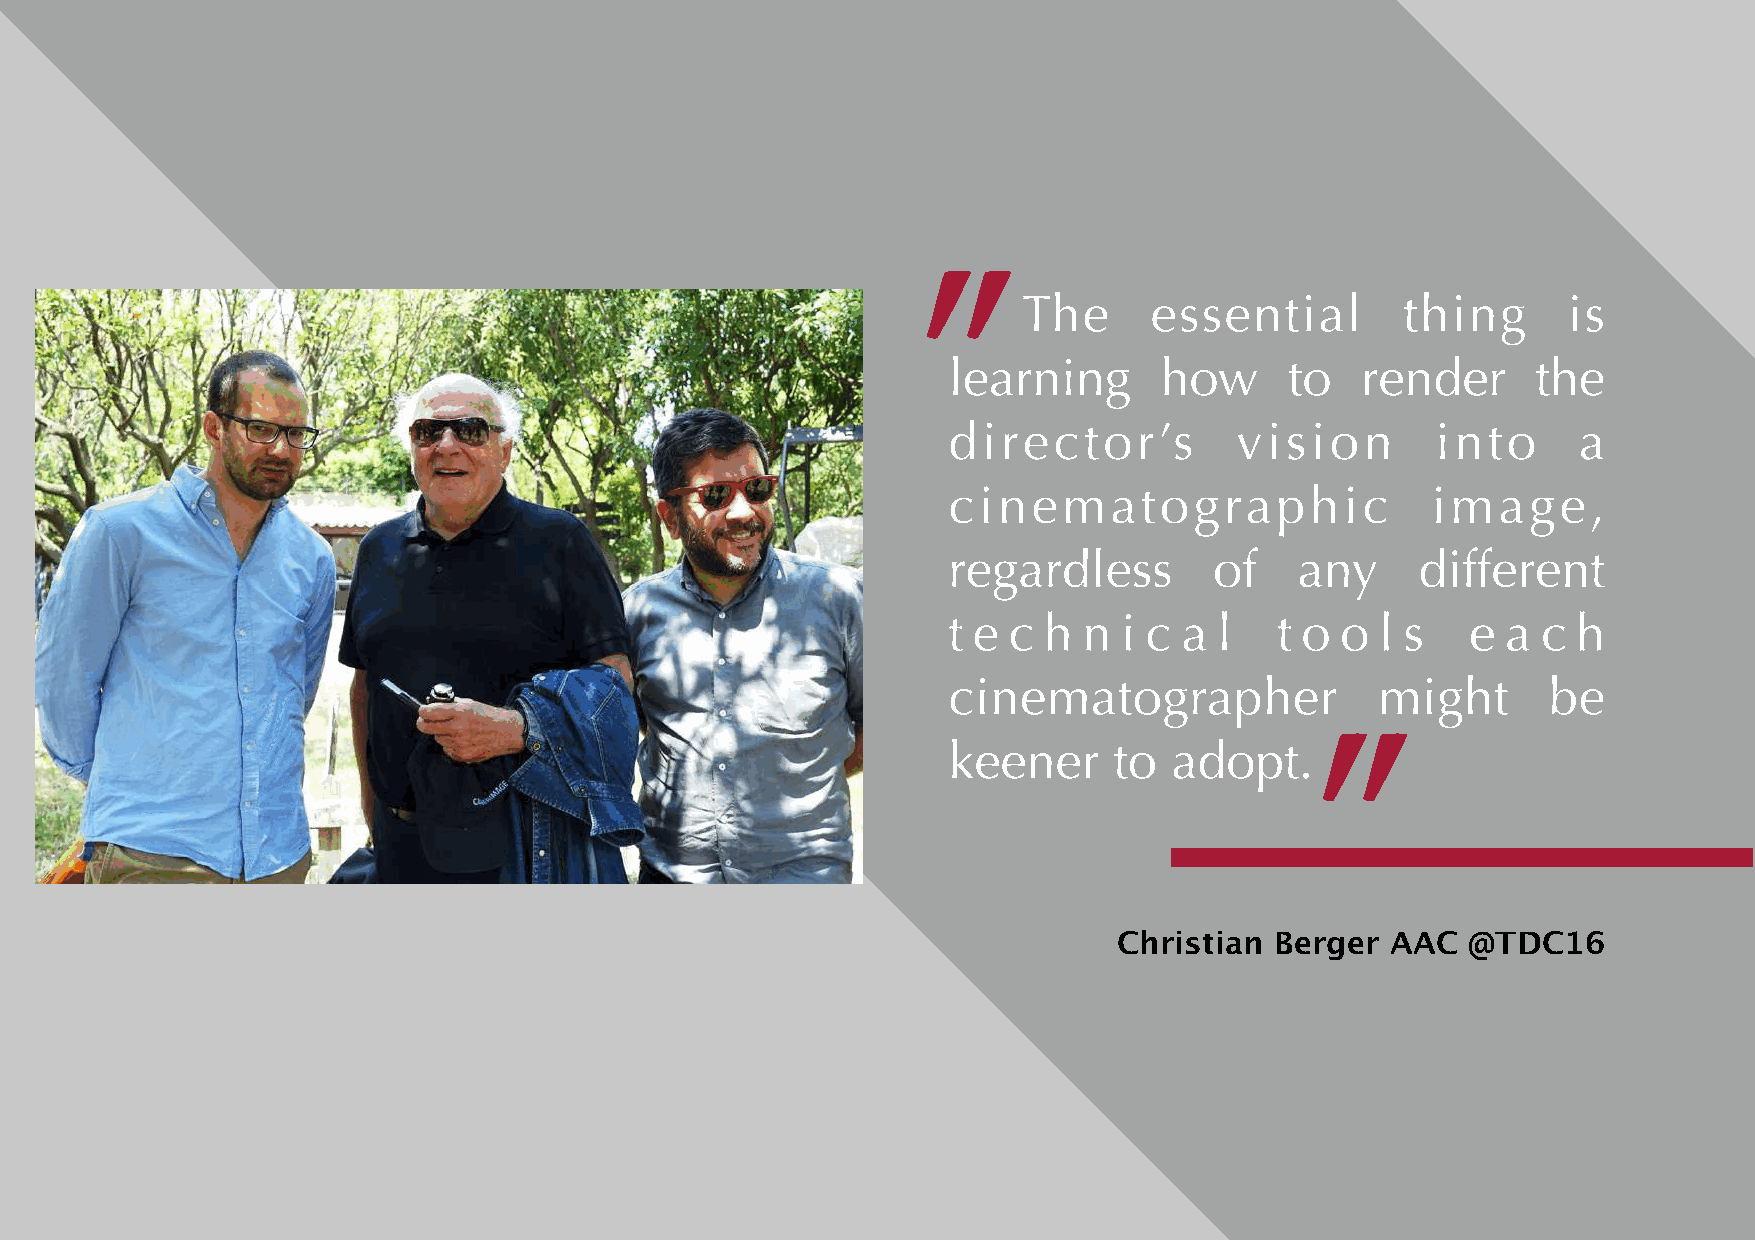
The     essential        thing      is
 "
 learning      how     to   render      the
 director’s         vision       into     a
 cinematographic                 image,
 regardless       of    any     different
 t e c h  n i c a  l   t o o l s   e  a c h
 cinematographer             might       be
 keener     to  adopt.
 "
 Christian Berger  AAC  @TDC16